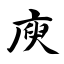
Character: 庾